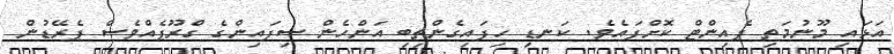
އަޅައި މޫނުމަތި ޕެއިންޓް ކޮށްފައެވެ. ކަނޑި ހިފައިގެންތިބި އަންހެން ސިފައިންގެ ގްރޫޕެއްވެސް ޕެރޭޑުން